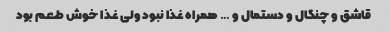
قاشق و چنگال و دستمال و … همراه غذا نبود ولی غذا خوش طعم بود